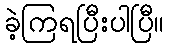
ခဲ့ကြရပြီးပါပြီ။